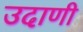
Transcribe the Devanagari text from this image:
उदाणी